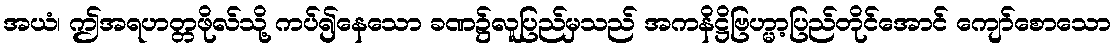
အယံ၊ ဤအရဟတ္တဖိုလ်သို့ ကပ်၍နေသော ခဏ၌လူပြည်မှသည် အကနိဋ္ဌိဗြဟ္မာ့ပြည်တိုင်အောင် ကျော်စောသော